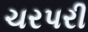
ચરપરી